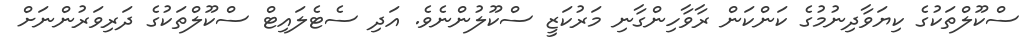
ސްކޫލްތަކުގެ ކިޔަވާދިނުމުގެ ކަންކަން ރާވާހިންގާނި މަރުކަޒީ ސްކޫލުންނެވެ. އަދި ސެޓެލައިޓް ސްކޫލްތަކުގެ ދަރިވަރުންނަށް